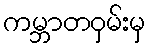
ကမ္ဘာတဝှမ်းမှ